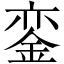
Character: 銮